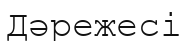
Дәрежесі